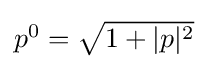
{\textstyle p^{0}={\sqrt {1+|p|^{2}}}}